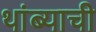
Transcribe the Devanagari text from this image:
थांब्याची